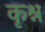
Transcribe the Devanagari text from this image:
कृश्न